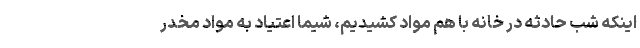
اینکه شب حادثه در خانه با هم مواد کشیدیم، شیما اعتیاد به مواد مخدر